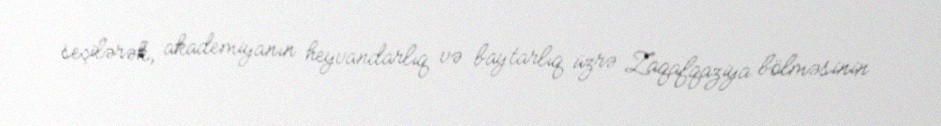
seçilərək, akademiyanın heyvandarlıq və baytarlıq üzrə Zaqafqaziya bölməsinin